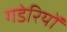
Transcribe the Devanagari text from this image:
गडेरियों